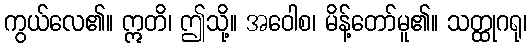
ကွယ်လေ၏။ ဣတိ၊ ဤသို့။ အဝေါစ၊ မိန့်တော်မူ၏။ သတ္ထုဂရု၊